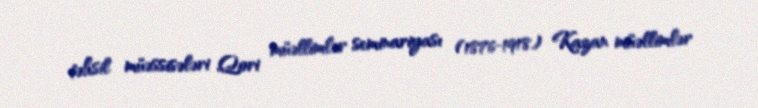
təhsil müəssisələri Qori müəllimlər seminariyası (1876-1918) Kazan müəllimlər